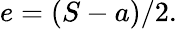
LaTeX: \, \! e=(S-a)/2.